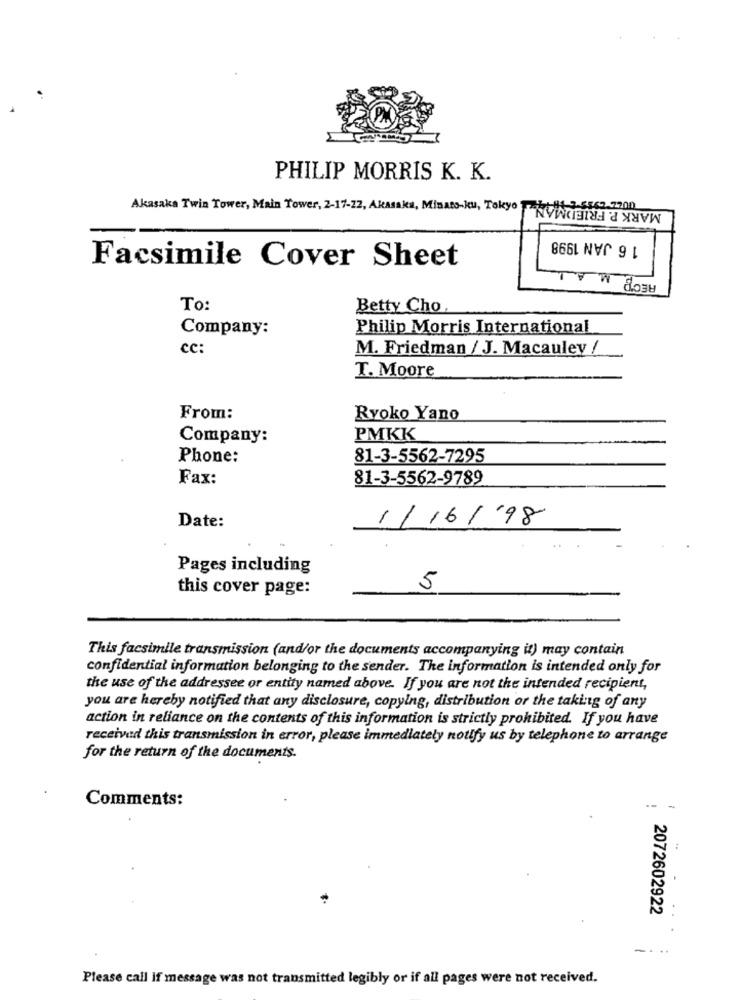
PHILIP MORRIS K. K.
MARK P. FRIEDMAN
Akasaka Twin Tower, Main Tower, 2-17-22, Akasaka, Minato-ku, Tokyo Tab-84-2-5562.7700)
1 6 JAN 1998
Facsimile Cover Sheet
RECB
W
To:
Betty Cho
Company:
Philip Morris International
cc
M. Friedman / J. Macauley /
T. Moore
From:
Ryoko Yano
Company:
PMKK
Phone:
81-3-5562-7295
Fax:
81-3-5562-9789
1/16/'98
Date:
Pages including
this cover page:
5
This facsimile transmission (and/or the documents accompanying it) may contain
confidential information belonging to the sender. The information is intended only for
the use of the addressee or entity named above. If you are not the intended recipient,
you are hereby notified that any disclosure, copying, distribution or the taking of any
action in reliance on the contents of this information is strictly prohibited. If you have
received this transmission in error, please immediately notify us by telephone to arrange
for the return of the documents.
Comments:
--
-
2072602922
-...
Please call If message was not transmitted legibly or if all pages were not received.